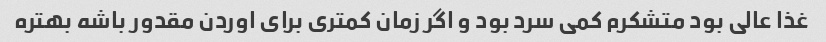
غذا عالی بود متشکرم کمی سرد بود و اگر زمان کمتری برای اوردن مقدور باشه بهتره